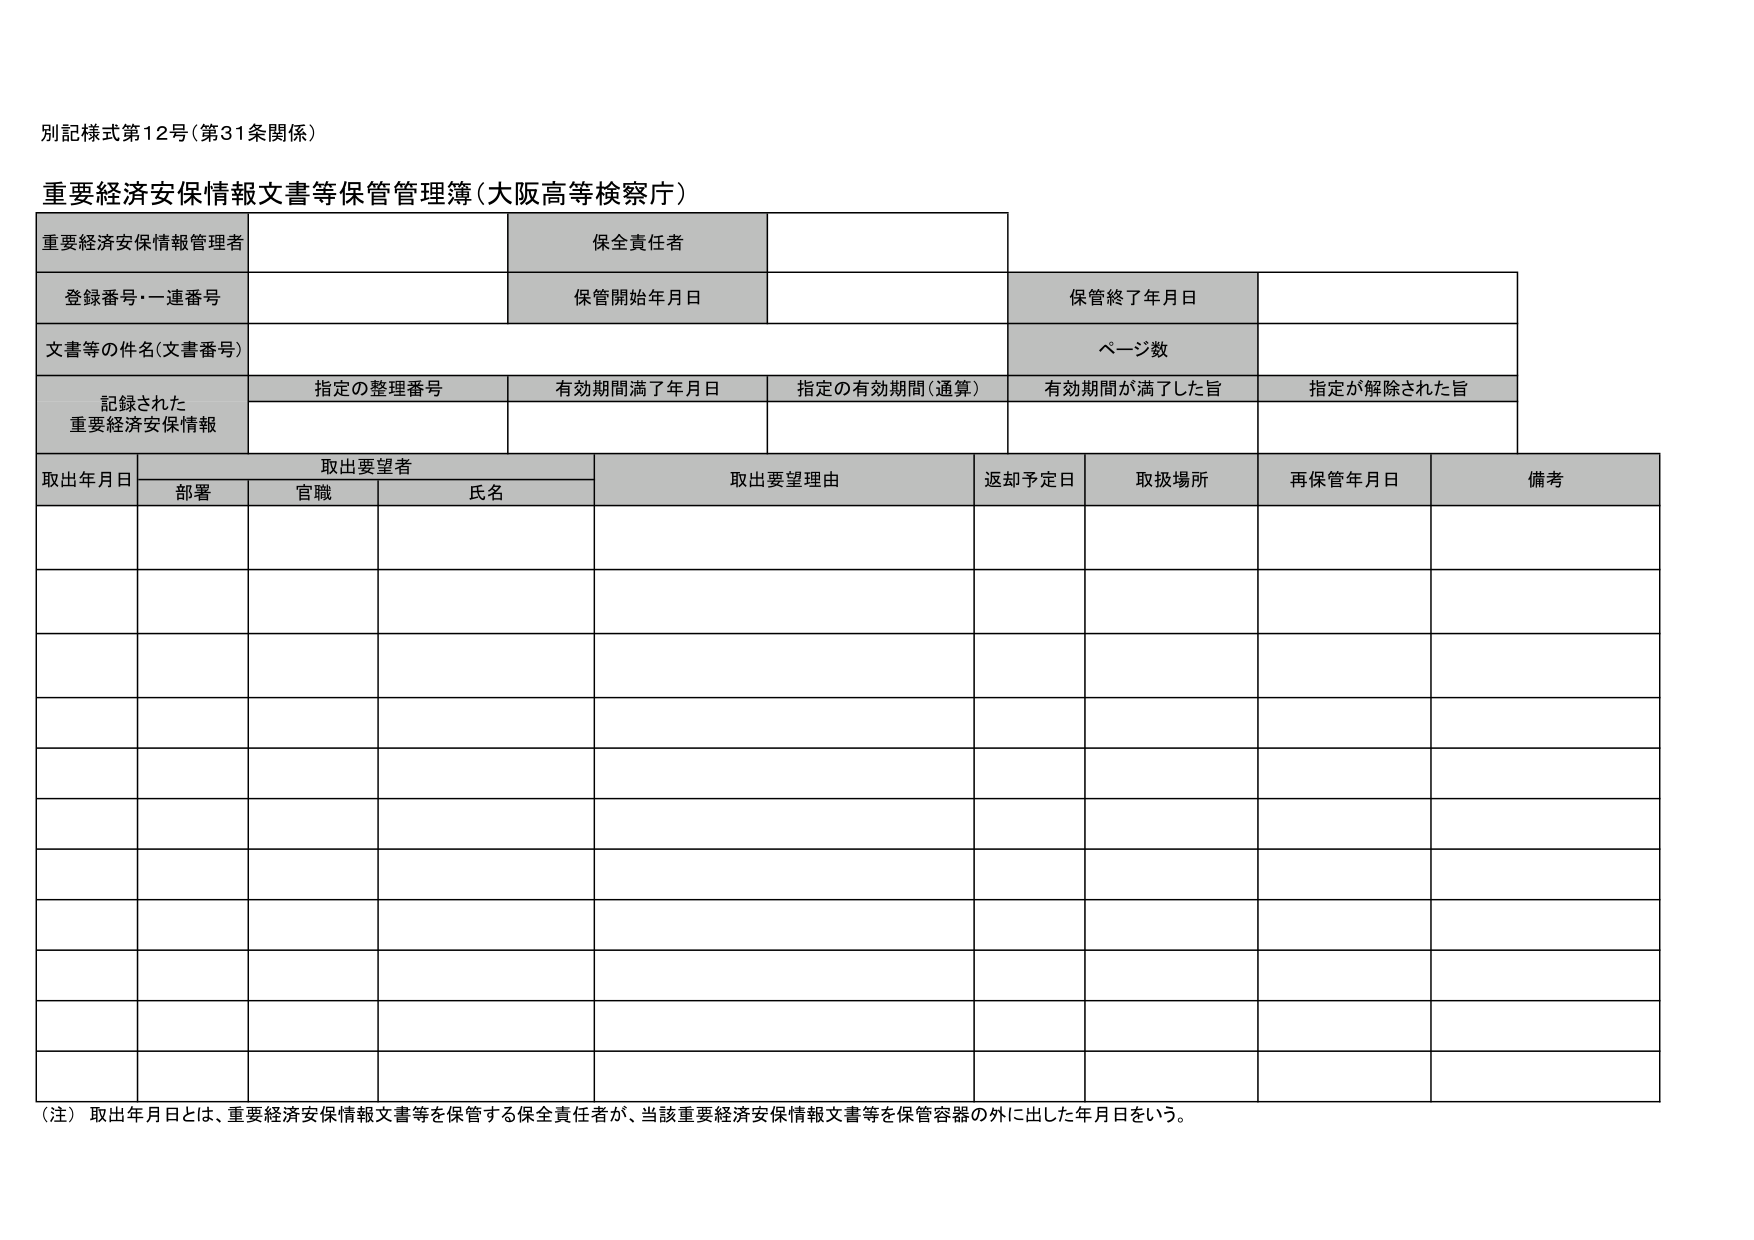
別記様式第12号（第31条関係）

重要経済安保情報文書等保管管理簿（大阪高等検察庁）

重要経済安保情報管理者
保全責任者

登録番号・一連番号
保管開始年月日
保管終了年月日

文書等の件名（文書番号）
ページ数

記録された
重要経済安保情報
指定の整理番号
有効期間満了年月日
指定の有効期間（通算）
有効期間が満了した旨
指定が解除された旨

取出年月日
取出要望者
取出要望理由
返却予定日
取扱場所
再保管年月日
備考
部署
官職
氏名

（注）取出年月日とは、重要経済安保情報文書等を保管する保全責任者が、当該重要経済安保情報文書等を保管容器の外に出した年月日をいう。